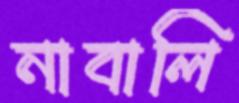
নাবালি